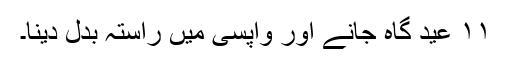
۱۱ عید گاہ جانے اور واپسی میں راستہ بدل دینا۔